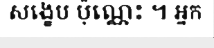
សង្ខេប ប៉ុណ្ណេះ ។ អ្នក